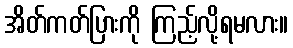
အိတ်ကတ်ပြားကို ကြည့်လို့ရမလား။